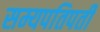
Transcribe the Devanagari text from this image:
सम्यपतिपती